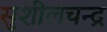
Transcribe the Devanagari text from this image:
सुशीलचन्द्र